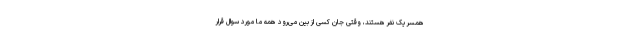
همسر یک نفر هستند، وقتی جان کسی از بین می‌رود همه‌ ما مورد سوال قرار